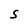
Character: S